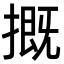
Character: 摡